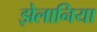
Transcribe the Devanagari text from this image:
झेलानिया